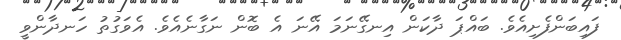
ފައިބަންފެށިއެވެ. ބައްޕަ ދާކަން އިނގޭނަމަ އޭނަ އެ ބޮން ނަގާނެއެވެ. އެވަގުތު ހަނދާންވީ